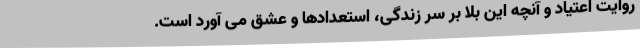
روایت اعتیاد و آنچه این بلا بر سر زندگی، استعدادها و عشق می آورد است.